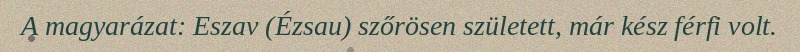
A magyarázat: Eszav (Ézsau) szőrösen született, már kész férfi volt.